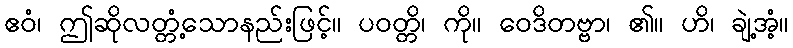
ဧဝံ၊ ဤဆိုလတ္တံ့သောနည်းဖြင့်။ ပဝတ္တိ၊ ကို။ ဝေဒိတဗ္ဗာ၊ ၏။ ဟိ၊ ချဲ့အံ့။